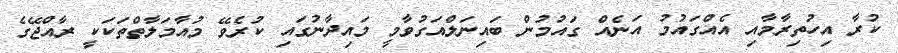
ކުރާ އިހުތިރާމާއި އެއްގައުމު އަނެއް ގައުމުން ބައިނަލްއަގުވާމީ މައިދާނުގައި ކުރެވޭ މުއާމަލާތްތަކަކީ ރާއްޖޭގެ